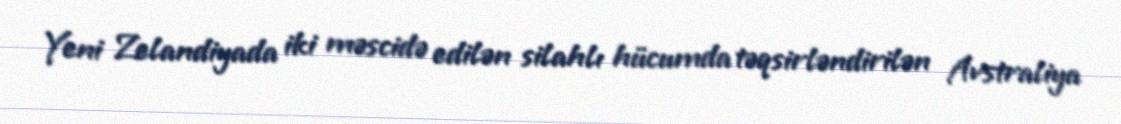
Yeni Zelandiyada iki məscidə edilən silahlı hücumda təqsirləndirilən Avstraliya